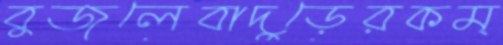
বুজলেবাদুড়েরকম্